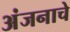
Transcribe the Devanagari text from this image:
अंजनाचे